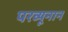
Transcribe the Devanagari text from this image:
परव्यूनान